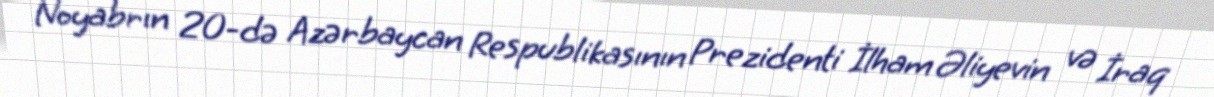
Noyabrın 20-də Azərbaycan Respublikasının Prezidenti İlham Əliyevin və İraq